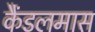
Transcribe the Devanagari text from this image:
कैंडलमास